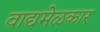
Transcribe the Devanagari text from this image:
वाद्यमेळकार